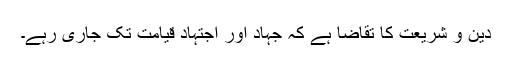
دین و شریعت کا تقاضا ہے کہ جہاد اور اجتہاد قیامت تک جاری رہے۔